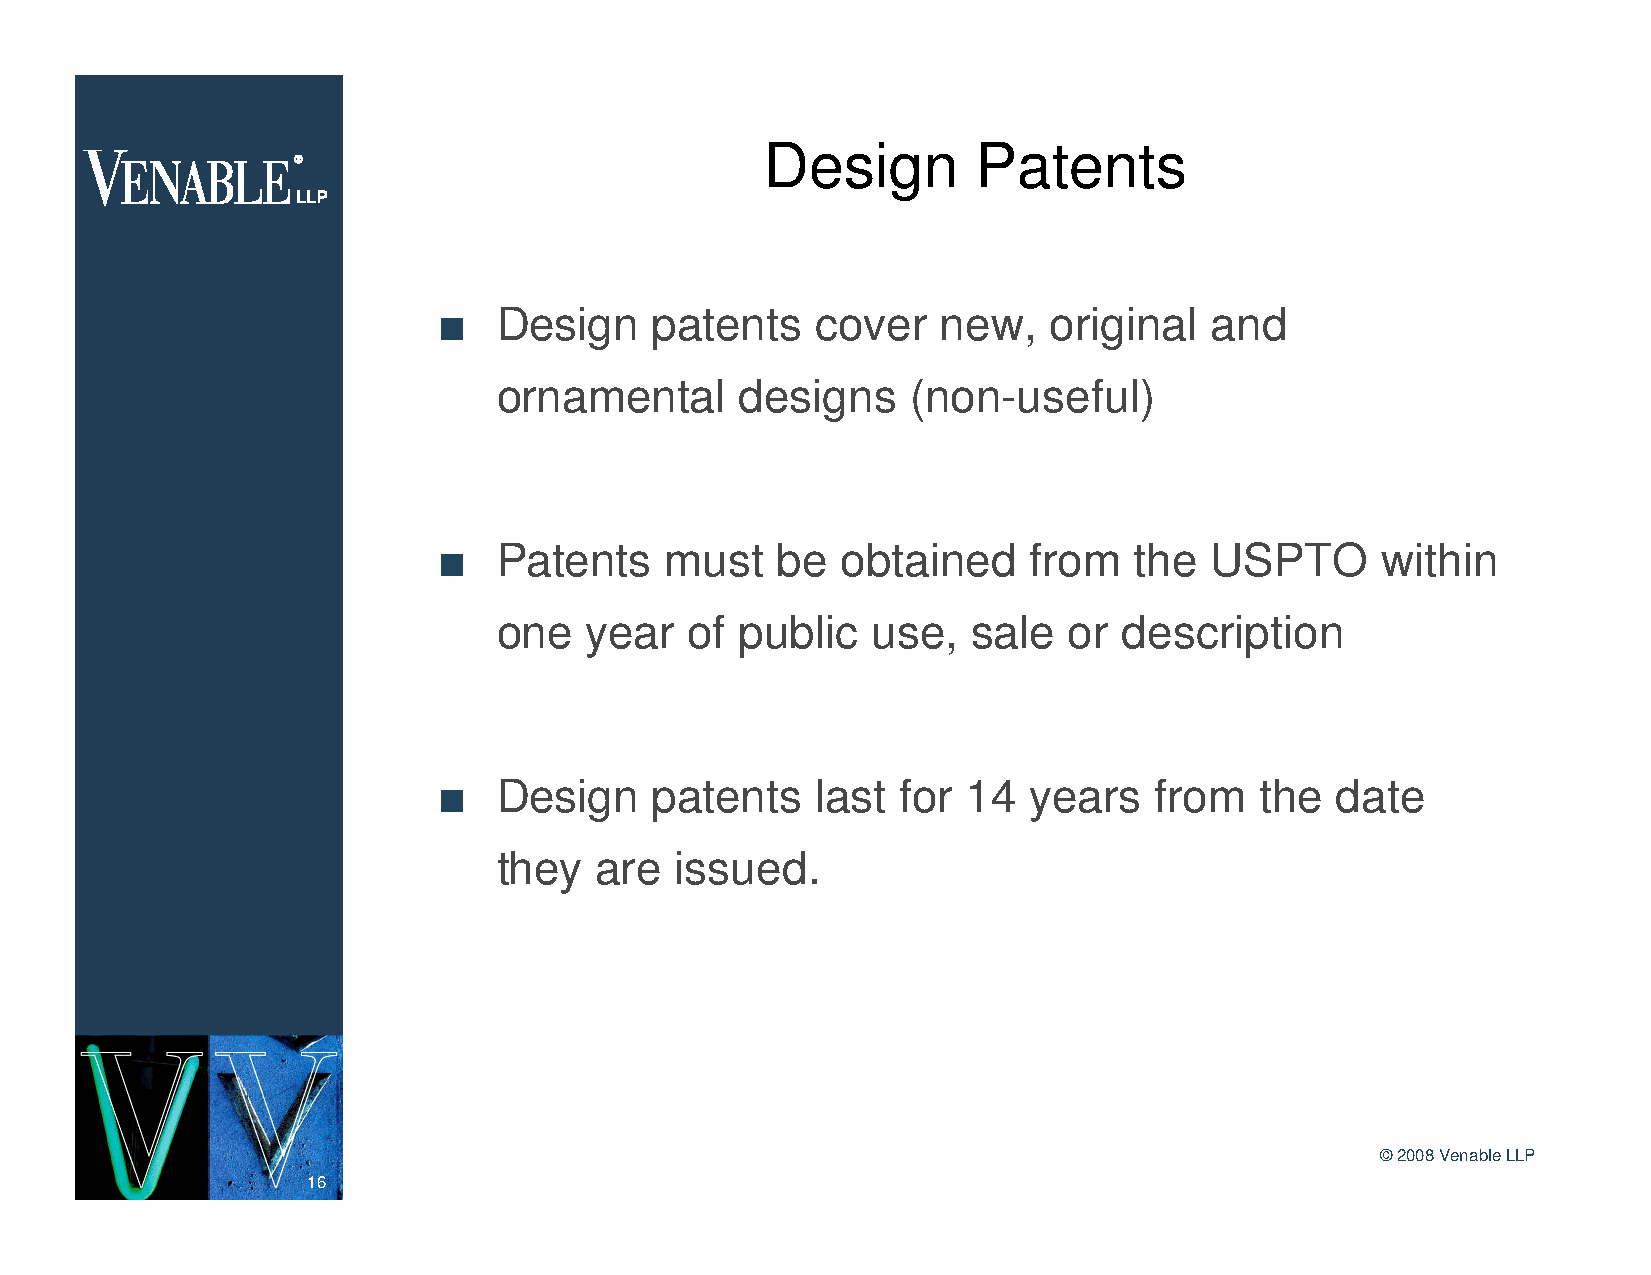
Design        Patents
 n   Design    patents    cover   new,   original   and
 ornamental      designs    (non-useful)
 n   Patents    must   be   obtained    from   the  USPTO      within
 one   year   of public   use,  sale   or description
 n   Design    patents    last  for 14  years   from   the  date
 they  are   issued.
 ©2008 Venable LLP
 16